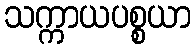
သက္ကာယပစ္စယာ